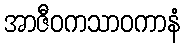
အာဇီဝကသာဝကာနံ